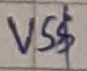
Text: VS$